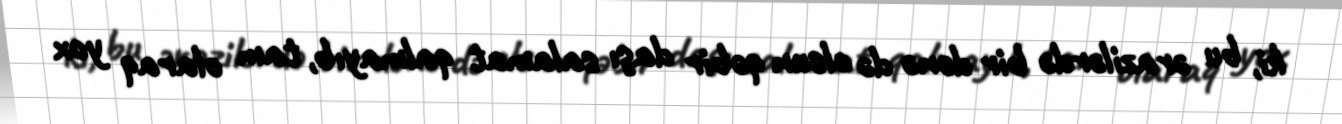
ki, bu ərazilərdə bir dənə də olsun qəbir daşı salamat qalmayıb, tam olaraq yox